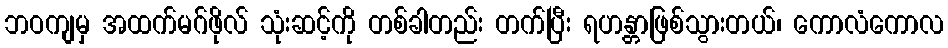
ဘဝကျမှ အထက်မဂ်ဖိုလ် သုံးဆင့်ကို တစ်ခါတည်း တက်ပြီး ရဟန္တာဖြစ်သွားတယ်၊ ကောလံကောလ